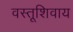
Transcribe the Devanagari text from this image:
वस्तूशिवाय